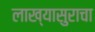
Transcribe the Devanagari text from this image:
लाख्यासुराचा